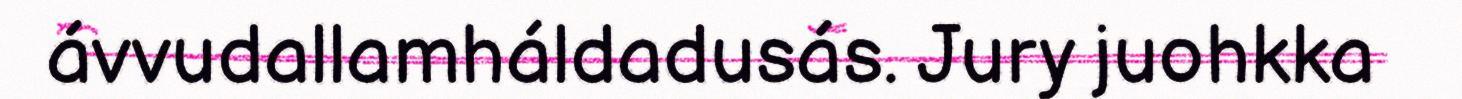
ávvudallamháldadusás. Jury juohkka